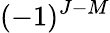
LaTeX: (-1)^{J-M}